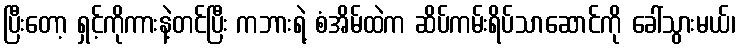
ပြီးတော့ ရှင့်ကိုကားနဲ့တင်ပြီး ကဘားရဲ့ စံအိမ်ထဲက ဆိပ်ကမ်းရိပ်သာဆောင်ကို ခေါ်သွားမယ်၊